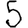
Digit: 5